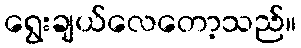
ရွေးချယ်လေတော့သည်။